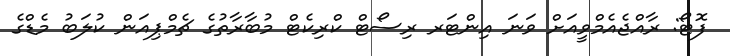
ފޮޓޯ: ރާއްޖެއެމްވީއަށް ވަނަ އިންޓަރ ރިސޯޓް ކްރިކެޓް މުބާރާތުގެ ޗެމްޕިއަން ކުލަބު މެޑްގެ